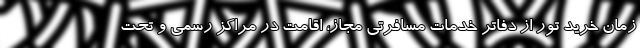
زمان خرید تور از دفاتر خدمات مسافرتی مجاز، اقامت در مراکز رسمی و تحت